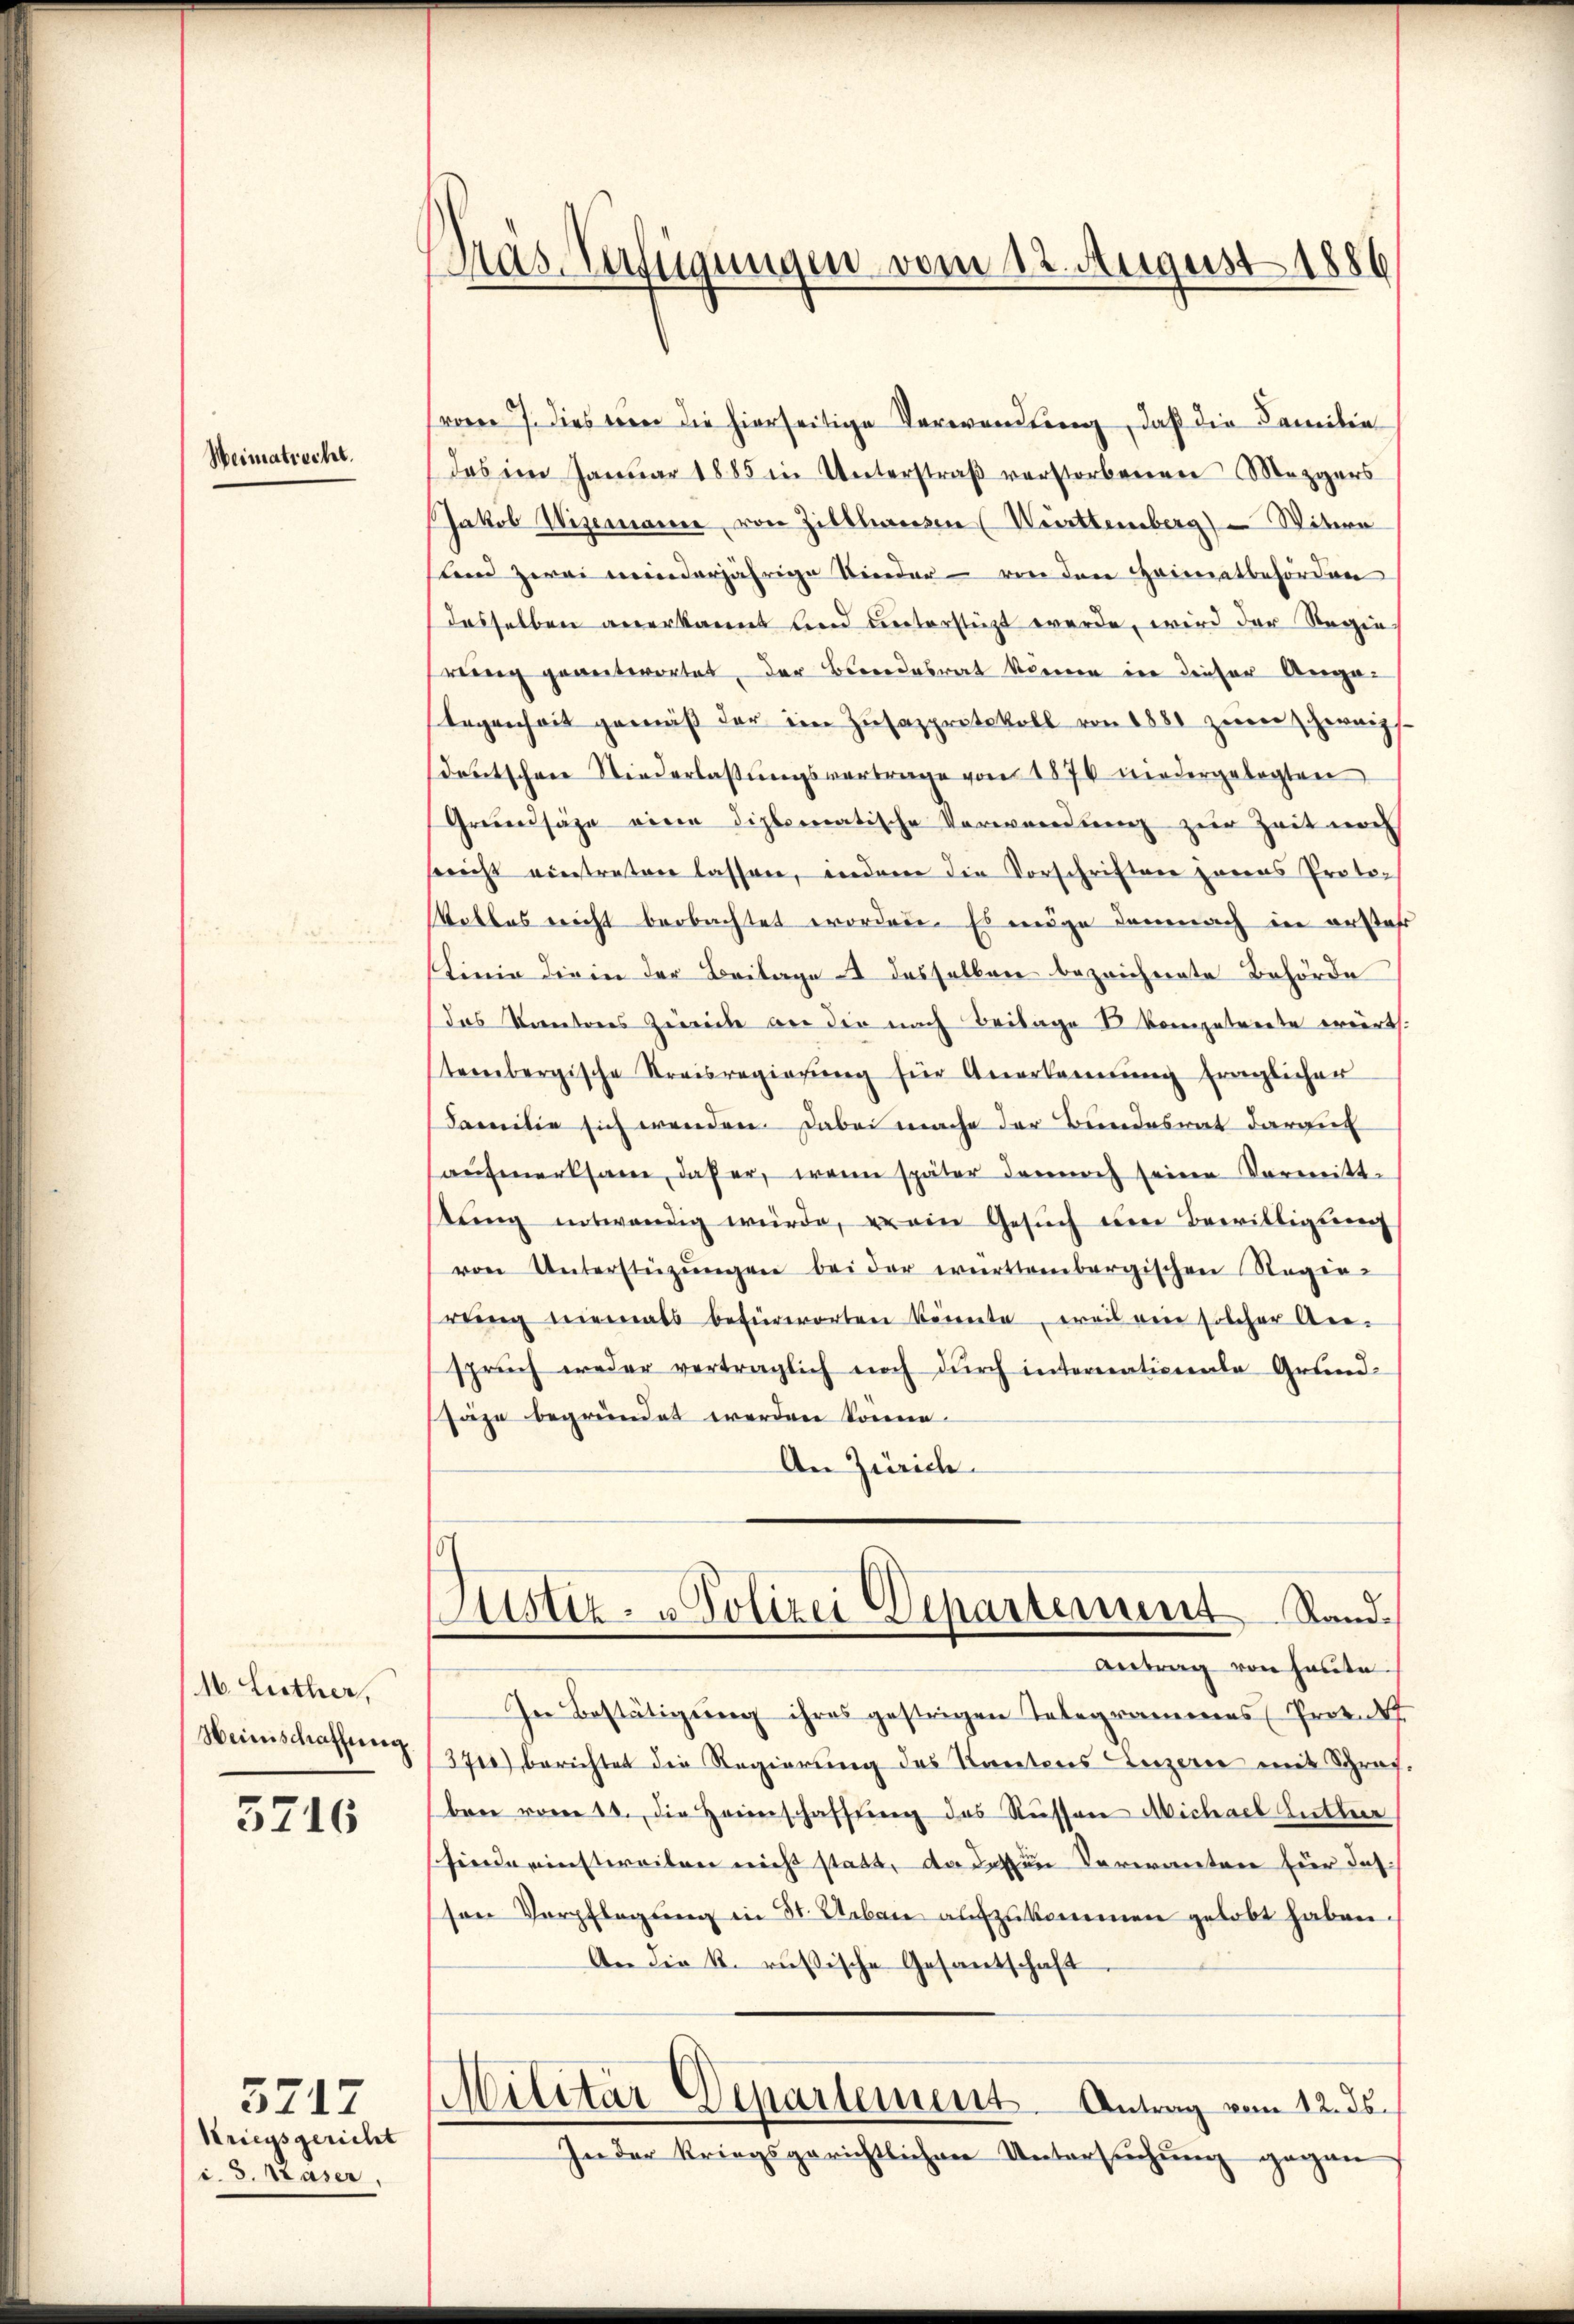
Weimatrecht.

16. Liether,
Heimschaffung

3716

Striegsgericht
i. S. Kaser,

5717

Gras Verfügungen vom 12. August 1886

(vom 7. dies den die hierseitige Verwendung, daß die Familie
das im Januar 1885 in Unterstraβ verstorbenen Mezgers
Jakob Wizemann von Ziltlangen (Württemberg) - Witwe
lend zwei meinderjährige Kinder - von den Heimatbehörden
dasselben anerkannt und unterstüzt werde, wird der Regie
rung geantwortet, der Bundesrat können in dieser Angalegenheit gemäß der im Zusazprotokoll von 1881 zum geweiss.
deutschen Niederlassŭngsvertrage von 1876 niedergelegten
Greundsäge einen diplomatische Vormundung zur Zeit noch
sreicht eintreten lassen, andere die Vorschriften jareas Protoskottes nicht beobachtet worden. Es möge demnach in ersteh
Linie die in der Beilage desselben bezeichnete Behörde
das Kantores Zwecke an die nach Beilage kompetente wirts.
terbergische Kreisregierŭng für Anerkannŭng fraglicher
Familie sich wenden. Dabei mache der Bundesrat darauf
aufmerksam, daß er, wenn später dannoch seine Vormitte
tŭng notwendig würde, er ein Gesŭch ŭm Bewilligung
von Unterstützŭngen bei der württembergischen Regie-
ring niemals befürworten könnte, weil eine solcher Ansprŭch weder vertraglich noch dŭrch internationale Grund-
Jäge begründet werden könne.
An Zürich
Rustiz- u Polizei Departement Sand¬
Antrag von heute
In Bestätigung ihres gestrigen Telegramenes Protok
137) berichtet die Regierung des Kartoris Luzerne mit Sprach,
ben vom 10. die Heimschaffŭng des Rüssen Michael Lutter
finde einstweilen nicht statt, da dassen Verwanten hier das.
son Verpflegung in 31. Leben aufzukommen gelobt haben.
An die k. russische Gesantschaft
Militär-Departement. Antrag vom 12. ds.
In der Kriegsgerichtlichen Untersŭchŭng gegen